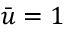
\bar { u } = 1